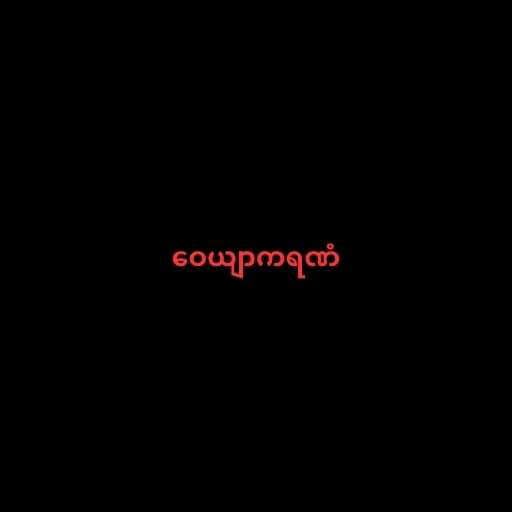
ဝေယျာကရဏံ